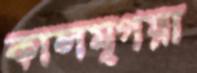
কালমৃগয়া